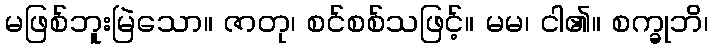
မဖြစ်ဘူးမြဲသော။ ဇာတု၊ စင်စစ်သဖြင့်။ မမ၊ ငါ၏။ စက္ခုဘိ၊